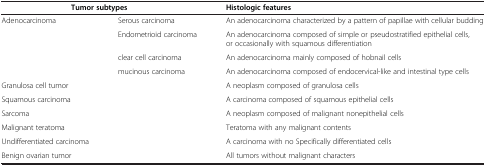
<table><thead><tr><td colspan="2"><b>Tumor subtypes</b></td><td><b>Histologic features</b></td></tr></thead><tbody><tr><td>Adenocarcinoma</td><td>Serous carcinoma</td><td>An adenocarcinoma characterized by a pattern of papillae with cellular budding</td></tr><tr><td> </td><td>Endometrioid carcinoma</td><td>An adenocarcinoma composed of simple or pseudostratified epithelial cells, or occasionally with squamous differentiation</td></tr><tr><td> </td><td>clear cell carcinoma</td><td>An adenocarcinoma mainly composed of hobnail cells</td></tr><tr><td> </td><td>mucinous carcinoma</td><td>An adenocarcinoma composed of endocervical-like and intestinal type cells</td></tr><tr><td>Granulosa cell tumor</td><td> </td><td>A neoplasm composed of granulosa cells</td></tr><tr><td>Squamous carcinoma</td><td> </td><td>A carcinoma composed of squamous epithelial cells</td></tr><tr><td>Sarcoma</td><td> </td><td>A neoplasm composed of malignant nonepithelial cells</td></tr><tr><td>Malignant teratoma</td><td> </td><td>Teratoma with any malignant contents</td></tr><tr><td>Undifferentiated carcinoma</td><td> </td><td>A carcinoma with no Specifically differentiated cells</td></tr><tr><td>Benign ovarian tumor</td><td> </td><td>All tumors without malignant characters</td></tr></tbody></table>